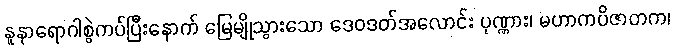
နူနာရောဂါစွဲကပ်ပြီးနောက် မြေမျိုသွားသော ဒေဝဒတ်အလောင်း ပုဏ္ဏား၊ မဟာကပိဇာတက၊